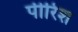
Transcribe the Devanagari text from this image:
पीरिश